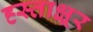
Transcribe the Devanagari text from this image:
ह्स्ताक्ष्रर